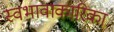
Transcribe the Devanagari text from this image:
स्वभावाकारिका